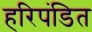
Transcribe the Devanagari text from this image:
हरिपंडित